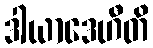
ဒါယာဒေဟီတိ